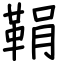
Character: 鞙